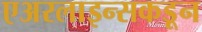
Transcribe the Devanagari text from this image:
एअरलाइन्सकडून